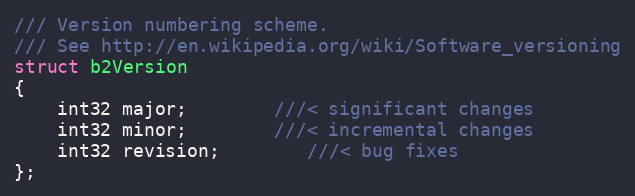
Language: C
/// Version numbering scheme.
/// See http://en.wikipedia.org/wiki/Software_versioning
struct b2Version
{
	int32 major;		///< significant changes
	int32 minor;		///< incremental changes
	int32 revision;		///< bug fixes
};